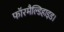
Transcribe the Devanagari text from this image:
फॉरमैल्डिहाइड।